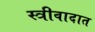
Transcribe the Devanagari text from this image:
स्त्रीवादात